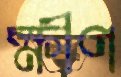
ক্ষীণ